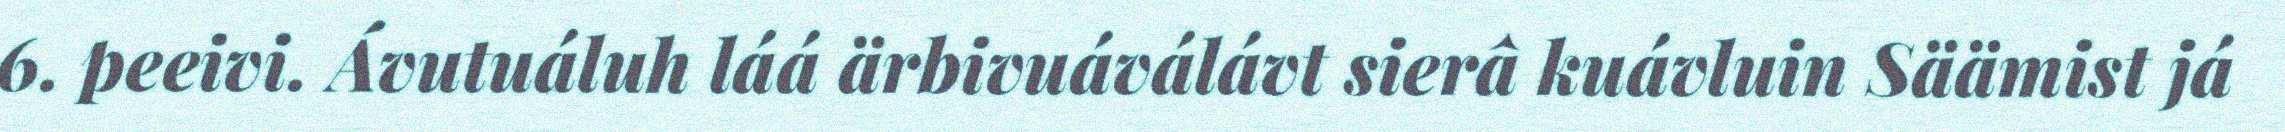
6. peeivi. Ávutuáluh láá ärbivuáválávt sierâ kuávluin Säämist já